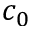
c _ { 0 }